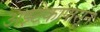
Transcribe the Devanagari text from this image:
अझ्टेकांपासून